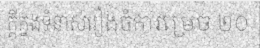
ក្តីក្នុងទំនាស់រឿងចំការម្រេច ២០